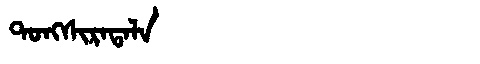
Manchu: ᡨᠣᠩᠰᡳᡵᠠᡨᠠᠯᠠ
Romanization: TONGSIRATALA